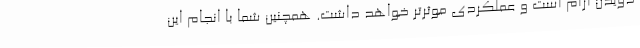
دویدن آرام است و عملکردی موثرتر خواهد داشت. همچنین شما با انجام این